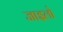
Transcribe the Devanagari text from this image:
जाइलो